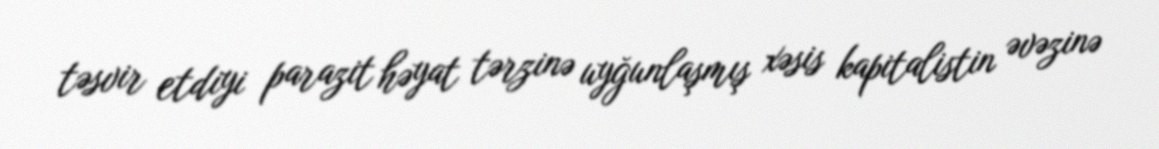
təsvir etdiyi parazit həyat tərzinə uyğunlaşmış xəsis kapitalistin əvəzinə